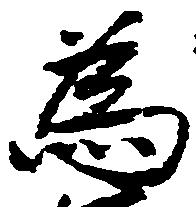
為